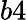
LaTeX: b4